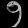
Digit: ၅